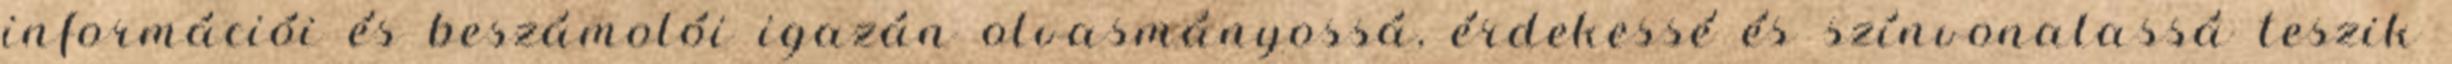
információi és beszámolói igazán olvasmányossá, érdekessé és színvonalassá teszik